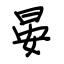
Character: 晏